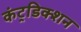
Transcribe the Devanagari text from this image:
कंट्रडिक्शन